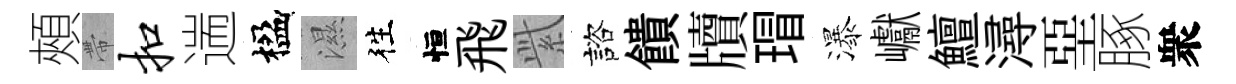
頰帶扣遄楹濕徃恒飛𬗋諮饋牘瑁瀑巘鱣潯堊䐁衆